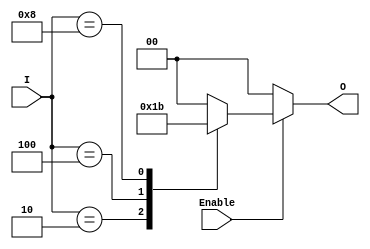
module binary_encoder (
    input wire [3:0] I,      // 4 input lines
    input wire Enable,        // Enable signal
    output reg [1:0] O       // 2 output lines
);

// Combinational logic to determine output
always @(*) begin
    if (!Enable) begin
        // If Enable is low, set output to 0
        O = 2'b00;
    end else begin
        case (I)
            4'b0001: O = 2'b00; // I0 is active
            4'b0010: O = 2'b01; // I1 is active
            4'b0100: O = 2'b10; // I2 is active
            4'b1000: O = 2'b11; // I3 is active
            default: O = 2'b00; // If no line is active or multiple active lines
        endcase
    end
end

endmodule